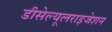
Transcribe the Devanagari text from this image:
डीसेल्यूलराइजेशन